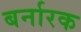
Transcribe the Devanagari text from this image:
बर्नारक